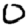
Digit: 0